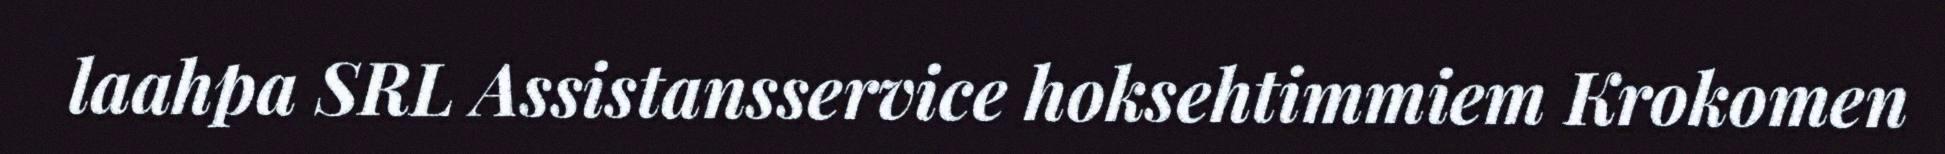
laahpa SRL Assistansservice hoksehtimmiem Krokomen